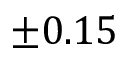
\pm 0 . 1 5